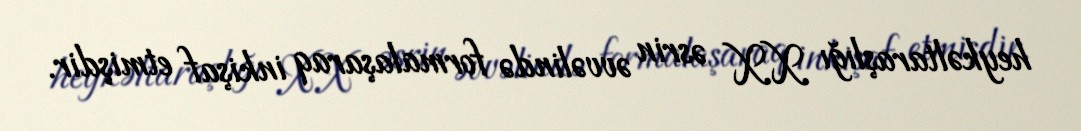
heykəltaraşlığı XX əsrin əvvəlində formalaşaraq inkişaf etmişdir.